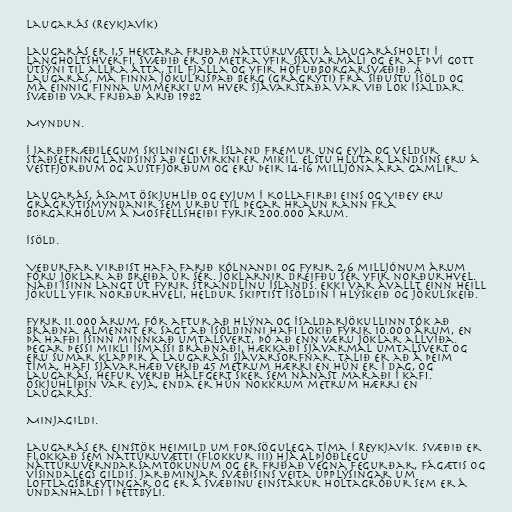
Laugarás (Reykjavík)

Laugarás er 1,5 hektara friðað náttúruvætti á Laugarásholti í
Langholtshverfi. Svæðið er 50 metra yfir sjávarmáli og er af því gott
útsýni til allra átta, til fjalla og yfir höfuðborgarsvæðið. Á
Laugarás, má finna jökulrispað berg (grágrýti) frá síðustu ísöld og
má einnig finna ummerki um hver sjávarstaða var við lok ísaldar.
Svæðið var friðað árið 1982

Myndun.

Í jarðfræðilegum skilningi er Ísland fremur ung eyja og veldur
staðsetning landsins að eldvirkni er mikil. Elstu hlutar landsins eru á
vestfjörðum og austfjörðum og eru þeir 14-16 milljóna ára gamlir.

Laugarás, ásamt Öskjuhlíð og eyjum í Kollafirði eins og Viðey eru
grágrýtismyndanir sem urðu til þegar hraun rann frá
Borgarhólum á Mosfellsheiði fyrir 200.000 árum.

Ísöld.

Veðurfar virðist hafa farið kólnandi og fyrir 2,6 milljónum árum
fóru jöklar að breiða úr sér. Jöklarnir dreifðu sér yfir norðurhvel.
Náði ísinn langt út fyrir strandlínu Íslands. Ekki var ávallt einn heill
jökull yfir norðurhveli, heldur skiptist ísöldin í hlýskeið og jökulskeið.

Fyrir 11.000 árum, fór aftur að hlýna og ísaldarjökullinn tók að
bráðna. Almennt er sagt að ísöldinni hafi lokið fyrir 10.000 árum, en
þá hafði ísinn minnkað umtalsvert, þó að enn væru jöklar allvíða.
Þegar þessi mikli ísmassi bráðnaði, hækkaði sjávarmál umtalsvert og
eru sumar klappir á Laugarási sjávarsorfnar. Talið er að á þeim
tíma, hafi sjávarhæð verið 45 metrum hærri en hún er í dag, og
Laugarás, hefur verið hálfgert sker sem nánast maraði í kafi.
Öskjuhlíðin var eyja, enda er hún nokkrum metrum hærri en
Laugarás.

Minjagildi.

Laugarás er einstök heimild um forsögulega tíma í Reykjavík. Svæðið er
flokkað sem náttúruvætti (flokkur III) hjá Alþjóðlegu
náttúruverndarsamtökunum og er friðað vegna fegurðar, fágætis og
vísindalegs gildis. Jarðminjar svæðisins veita upplýsingar um
loftlagsbreytingar og er á svæðinu einstakur holtagróður sem er á
undanhaldi í þéttbýli.